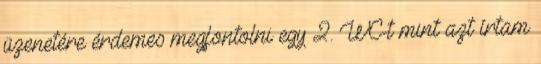
üzenetére érdemes megfontolni egy 2. WC-t mint azt írtam